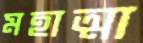
মহাত্মা